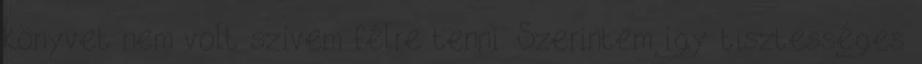
könyvet nem volt szívem félre tenni. Szerintem így tisztességes